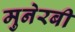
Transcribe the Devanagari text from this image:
मुनेरबी